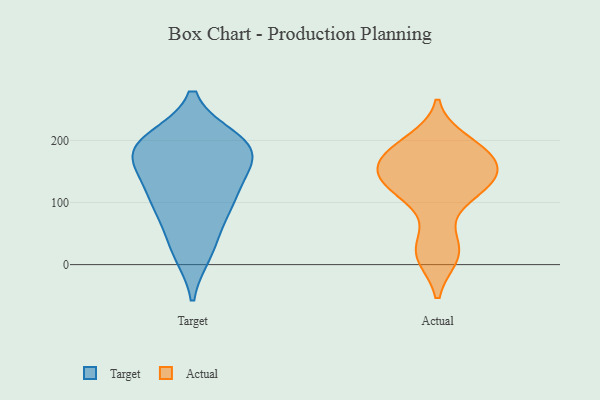
{"axis": {"x": "Headcount", "y": "Value"}, "legend": ["Actual", "Target"], "data": [{"x": "", "y": 88, "type": "Target"}, {"x": "", "y": 181, "type": "Target"}, {"x": "", "y": 189, "type": "Target"}, {"x": "", "y": 21, "type": "Target"}, {"x": "", "y": 194, "type": "Target"}, {"x": "", "y": 185, "type": "Target"}, {"x": "", "y": 106, "type": "Target"}, {"x": "", "y": 179, "type": "Target"}, {"x": "", "y": 30, "type": "Target"}, {"x": "", "y": 127, "type": "Target"}, {"x": "", "y": 94, "type": "Target"}, {"x": "", "y": 148, "type": "Target"}, {"x": "", "y": 200, "type": "Target"}, {"x": "", "y": 130, "type": "Actual"}, {"x": "", "y": 184, "type": "Actual"}, {"x": "", "y": 132, "type": "Actual"}, {"x": "", "y": 140, "type": "Actual"}, {"x": "", "y": 15, "type": "Actual"}, {"x": "", "y": 198, "type": "Actual"}, {"x": "", "y": 161, "type": "Actual"}, {"x": "", "y": 177, "type": "Actual"}, {"x": "", "y": 155, "type": "Actual"}, {"x": "", "y": 35, "type": "Actual"}, {"x": "", "y": 14, "type": "Actual"}, {"x": "", "y": 104, "type": "Actual"}, {"x": "", "y": 180, "type": "Actual"}, {"x": "", "y": 127, "type": "Actual"}]}